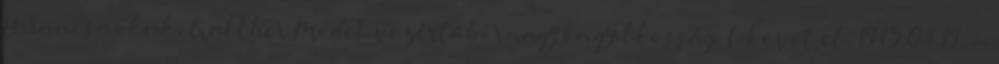
Parancsnokuk, Walther Model vezértábornagy öngyilkosságot követ el. 1945.04.19. -